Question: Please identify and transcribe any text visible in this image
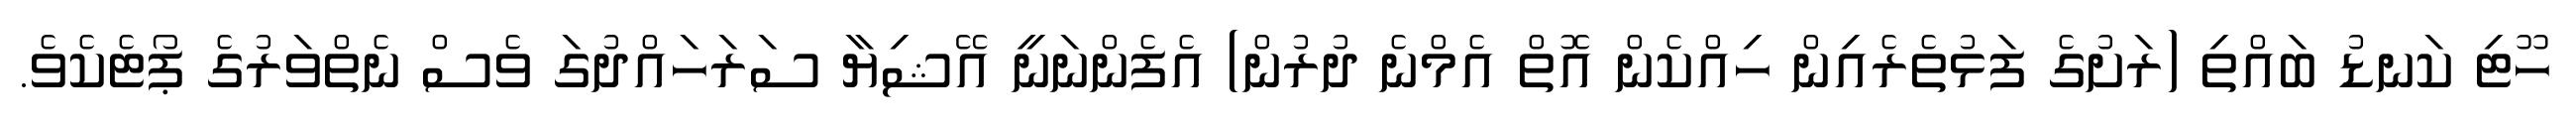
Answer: ހޫޓި ކަނޑު ބައްތި (ރަށުގެ ފަޅުތެރެއިން ހިއްކެން އޮތް އެމްނެ ދުރުން) އެފެންނަނީ އޭޝިޔާ ސަރަހައްދުގަ ވެސް ނެތްވަރުގެ ޕޯޓެކެވެ.